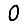
Digit: 0